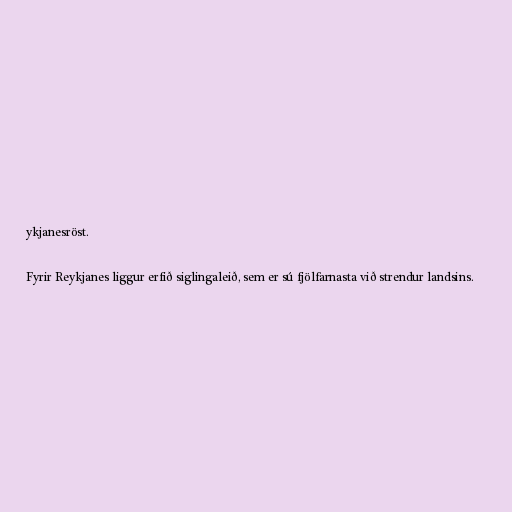
ykjanesröst.

Fyrir Reykjanes liggur erfið siglingaleið, sem er sú fjölfarnasta við strendur landsins.